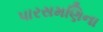
પારસમણિના